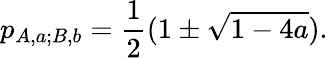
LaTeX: p_{{A,a};{B,b}}=\frac{1}{2}(1\pm\sqrt{1-4a}).